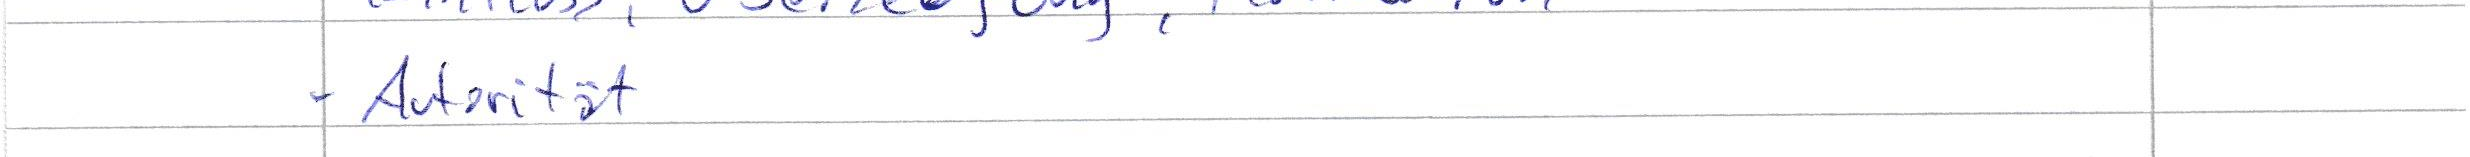
- Autorität